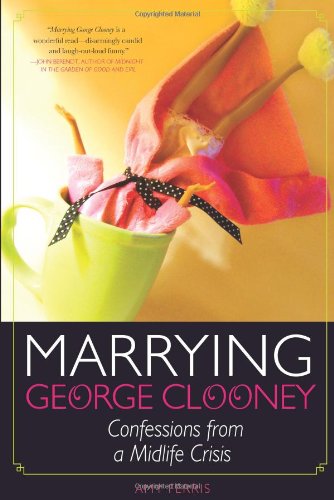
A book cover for Marrying George Clooney: Confessions from a Midlife Crisis; Amy Ferris; Self-Help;